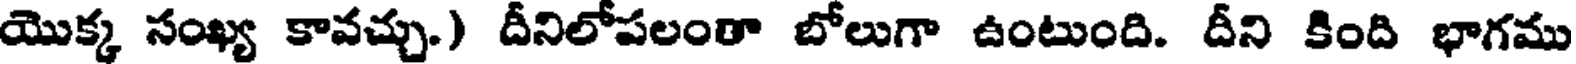
యొక్క సంఖ్య కావచ్చు.) దీనిలోపలంతా బోలుగా ఉంటుంది. దీని కింది భాగము